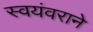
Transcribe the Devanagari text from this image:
स्वयंवराने